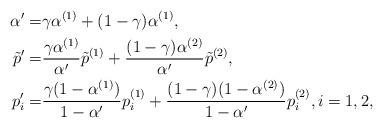
LaTeX: \begin{align*}\alpha' =& \gamma\alpha^{(1)} + (1-\gamma)\alpha^{(1)}, \\\tilde{p}' =& \frac{\gamma\alpha^{(1)}}{{\alpha'}}\tilde{p}^{(1)} +\frac{(1 - \gamma) \alpha^{(2)}}{{\alpha'}}\tilde{p}^{(2)}, \\p_i' = & \frac{\gamma(1-\alpha^{(1)})}{{1-\alpha'}}{p}_i^{(1)} +\frac{(1 - \gamma) (1-\alpha^{(2)})}{{1-\alpha'}}{p}_i^{(2)}, i = 1, 2, \end{align*}